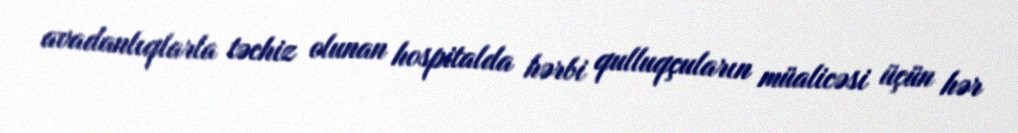
avadanlıqlarla təchiz olunan hospitalda hərbi qulluqçuların müalicəsi üçün hər